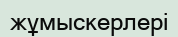
жұмыскерлері